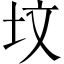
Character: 坟